Lunatic asylums Madras 1877-1891 - 1877-1891
Year: 1877
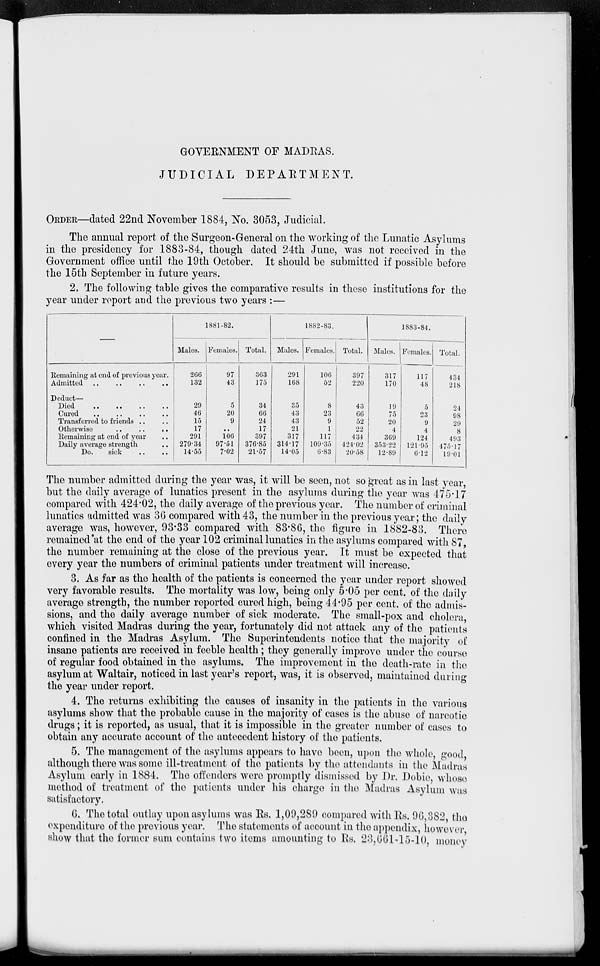
GOVERNMENT OF MADRAS.
JUDICIAL
DEPARTMENT.
ORDER—dated 22nd November 1884, No. 3053, Judicial.
The annual report of the Surgeon-General on the working of the Lunatic Asylums
in the presidency for 1883-84, though dated 24th June, was not received in the
Government office until the 19th October. It should be submitted if possible before
the 15th September in future years.
2. The following table gives the comparative results in these institutions for the
year under report and the previous two years :—
—
Remaining at end of previous year.
Admitted .. .. .. ..
Deduct—
Died .. .. .. ..
Cured .. .. .. ..
Transferred to friends .. ..
Otherwise .. .. ..
Remaining at end of year ..
Daily average strength ..
Do.
sick .. ..
1881-82.
Males.
266
132
29
46
15
17
291
279.34
14.55
Females.
97
43
5
20
9
..
106
97.51
7.02
Total.
363
175
34
66
24
17
397
376.85
21.57
1882-83.
Males.
291
168
35
43
43
21
317
314.17
14.05
Females.
106
52
8
23
9
1
117
109.35
6.83
Total.
397
220
43
66
52
22
434
424.02
20.58
1883-84.
Males.
317
170
19
75
20
4
369
353.22
12.89
Females.
117
48
5
23
9
4
124
121.95
6.12
Total.
434
218
24
98
29
8
493
475.17
19.01
The number admitted during the year was, it will be seen, not so great as in last year,
but the daily average of lunatics present in the asylums during the year was 475.17
compared with 424.02, the daily average of the previous year. The number of criminal
lunatics admitted was 36 compared with 43, the number in the previous year; the daily
average was, however, 93.33 compared with 83.86, the figure in 1882-83. There
remained at the end of the year 102 criminal lunatics in the asylums compared with 87,
the number remaining at the close of the previous year. It must be expected that
every year the numbers of criminal patients under treatment will increase.
3. As far as the health of the patients is concerned the year under report showed
very favorable results. The mortality was low, being only 5.05 per cent. of the daily
average strength, the number reported cured high, being 44.95 per cent. of the admis-
sions, and the daily average number of sick moderate. The small-pox and cholera,
which visited Madras during the year, fortunately did not attack any of the patients
confined in the Madras Asylum. The Superintendents notice that the majority of
insane patients are received in feeble health; they generally improve under the course
of regular food obtained in the asylums. The improvement in the death-rate in the
asylum at Waltair, noticed in last year's report, was, it is observed, maintained during
the year under report.
4. The returns exhibiting the causes of insanity in the patients in the various
asylums show that the probable cause in the majority of cases is the abuse of narcotic
drugs; it is reported, as usual, that it is impossible in the greater number of cases to
obtain any accurate account of the antecedent history of the patients.
5. The management of the asylums appears to have been, upon the whole, good,
although there was some ill-treatment of the patients by the attendants in the Madras
Asylum early in 1884. The offenders were promptly dismissed by Dr. Dobie, whose
method of treatment of the patients under his charge in the Madras Asylum was
satisfactory.
6. The total outlay upon asylums was Rs. 1,09,289 compared with Rs. 96,382, the
expenditure of the previous year. The statements of account in the appendix, however,
show that the former sum contains two items amounting to Rs. 23,661-15-10, money